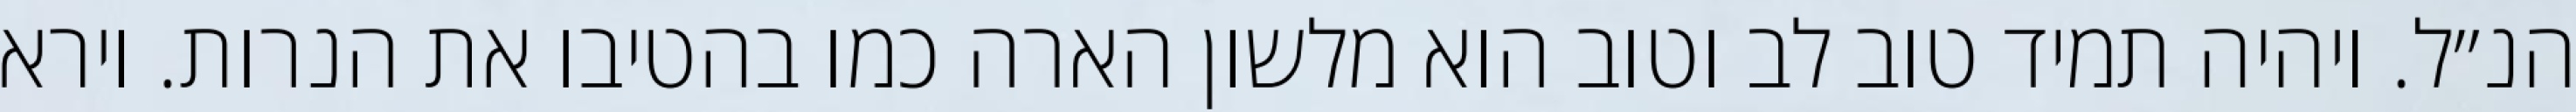
הנ״ל. ויהיה תמיד טוב לב וטוב הוא מלשון הארה כמו בהטיבו את הנרות. וירא